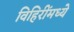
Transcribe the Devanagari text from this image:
विहिरींमध्ये